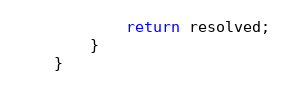
Language: Java
            return resolved;
        }
    }